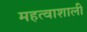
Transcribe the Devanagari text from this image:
महत्वाशाली